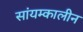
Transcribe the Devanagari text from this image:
सांयम्कालीन